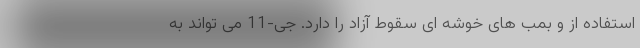
استفاده از و بمب های خوشه ای سقوط آزاد را دارد. جی-11 می تواند به